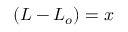
( L - L _ { o } ) = x